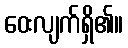
ဝေးလျက်ရှိ၏။